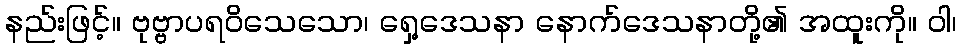
နည်းဖြင့်။ ဗုဗ္ဗာပရဝိသေသော၊ ရှေ့ဒေသနာ နောက်ဒေသနာတို့၏ အထူးကို။ ဝါ၊